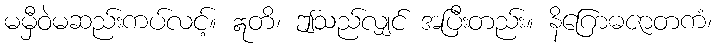
မမှီဝဲမဆည်းကပ်လင့်။ ဣတိ၊ ဤသည်လျှင် အပြီးတည်း။ နိဂြောဓဇာတကံ၊